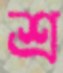
শ্র